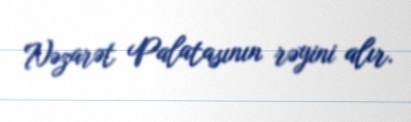
Nəzarət Palatasının rəyini alır.